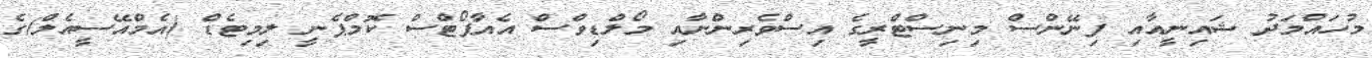
މުހައްމަދު ޝައިނީއާއި ފިނޭންސް މިނިސްޓްރީގެ އިސްވެރިންނާއި މޯލްޑިވްސް އެއާޕޯޓްސް ކޮމްޕެނީ ލިމިޓެޑް (އެމްއޭސީއެލް)ގެ